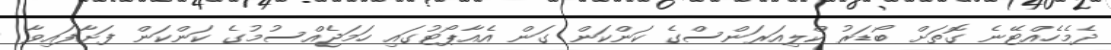
ދެމެހެއްޓޭނެ ގޮތަށް ބޯޑަރު ކްލިއަރަންސްގެ ކަންކަން ގަން އެއާޕޯޓުގައި ހަމަޖެއްސުމުގެ ކަންކަން ފަށާފައިވާ